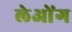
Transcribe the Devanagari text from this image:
लेओंग